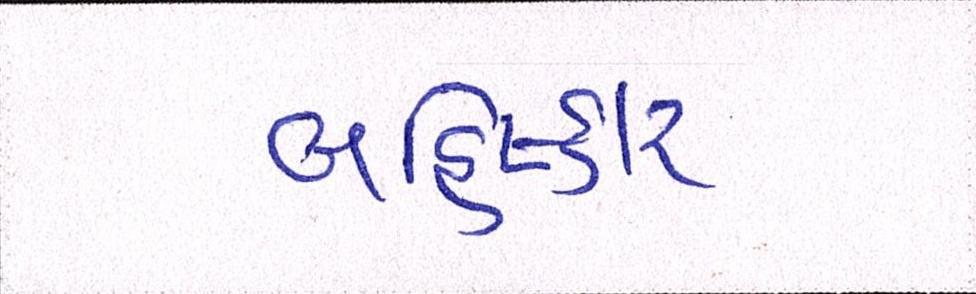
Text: બહિષ્કાર